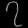
Digit: ၇